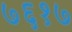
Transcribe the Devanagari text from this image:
७६१७